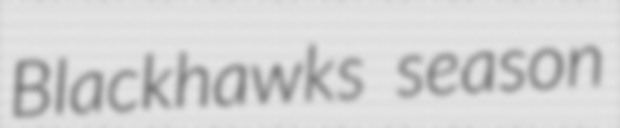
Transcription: Blackhawks season